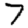
Digit: 7